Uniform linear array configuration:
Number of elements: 24
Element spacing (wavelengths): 1
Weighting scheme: exponential
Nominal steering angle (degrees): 30
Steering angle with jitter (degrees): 29.264
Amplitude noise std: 0.05
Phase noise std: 0.05

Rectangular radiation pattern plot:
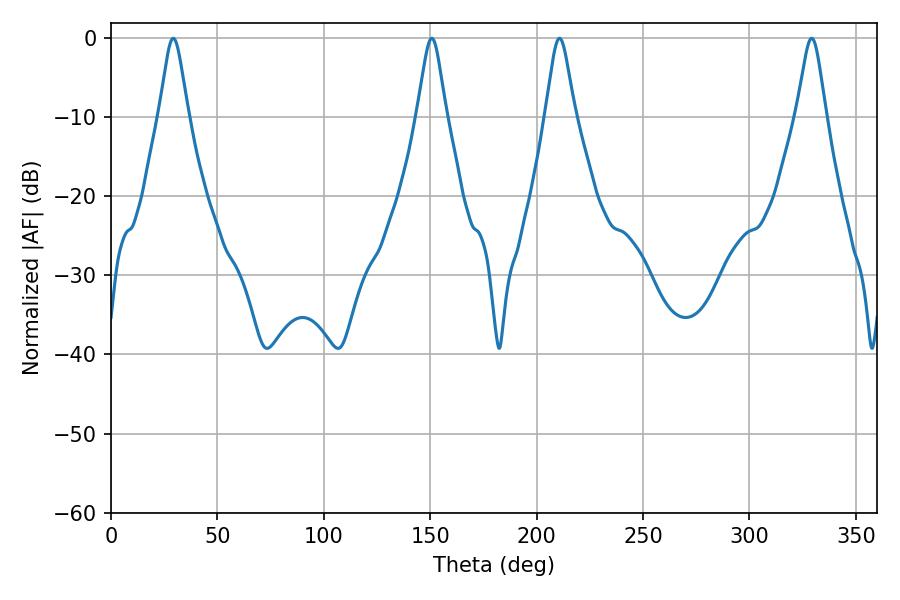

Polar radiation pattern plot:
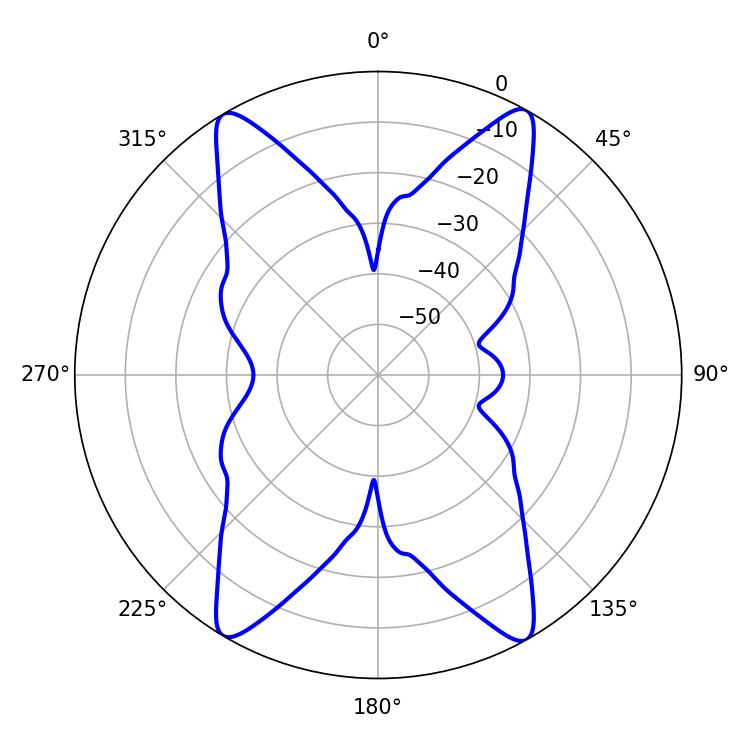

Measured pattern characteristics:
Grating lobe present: TRUE
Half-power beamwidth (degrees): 6.66
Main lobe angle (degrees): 329.22